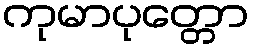
ကုမာပုတ္တော